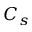
C _ { s }